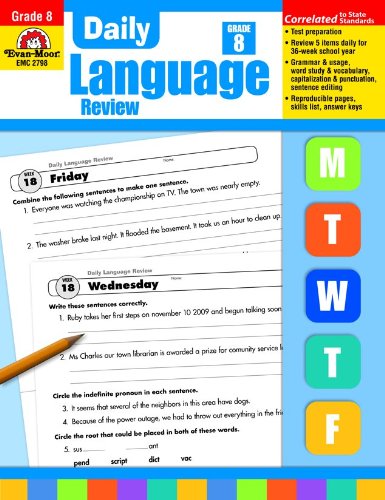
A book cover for Daily Language ReviewCommon Core Edition, Grade 8; Evan Moor; Teen & Young Adult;